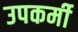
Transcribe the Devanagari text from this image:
उपकर्मी